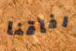
رفاقنا